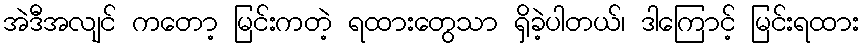
အဲဒီအလျင် ကတော့ မြင်းကတဲ့ ရထားတွေသာ ရှိခဲ့ပါတယ်၊ ဒါကြောင့် မြင်းရထား